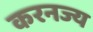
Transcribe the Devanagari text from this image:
करनज्य